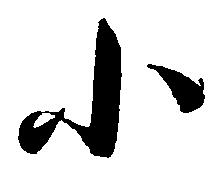
小